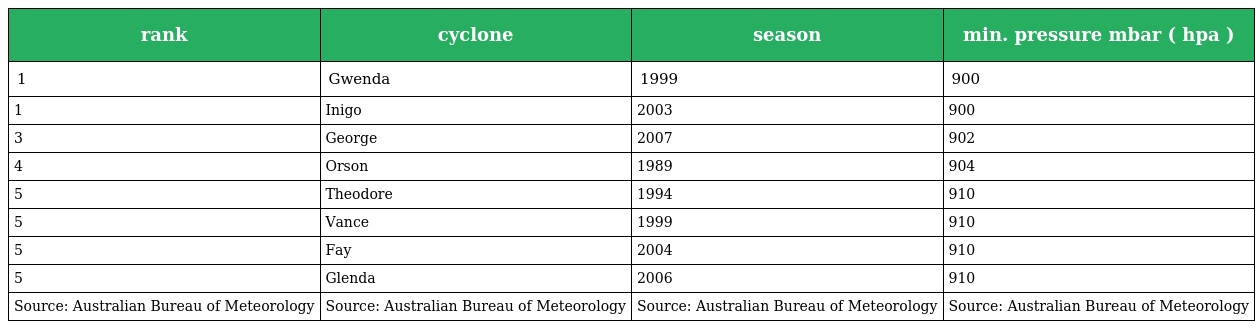
| rank | cyclone | season | min. pressure mbar ( hpa ) |
 | --- | --- | --- | --- |
 | 1 | Gwenda | 1999 | 900 |
 | 1 | Inigo | 2003 | 900 |
 | 3 | George | 2007 | 902 |
 | 4 | Orson | 1989 | 904 |
 | 5 | Theodore | 1994 | 910 |
 | 5 | Vance | 1999 | 910 |
 | 5 | Fay | 2004 | 910 |
 | 5 | Glenda | 2006 | 910 |
 | Source: Australian Bureau of Meteorology | Source: Australian Bureau of Meteorology | Source: Australian Bureau of Meteorology | Source: Australian Bureau of Meteorology |